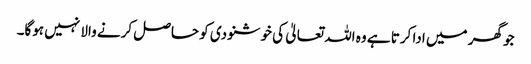
جو گھر میں ادا کرتا ہے وہ اللہ تعالیٰ کی خوشنودی کو حاصل کرنے والا نہیں ہوگا۔